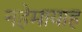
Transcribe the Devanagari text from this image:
नहेमायाह